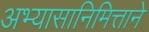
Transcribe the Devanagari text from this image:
अभ्यासानिमित्ताने